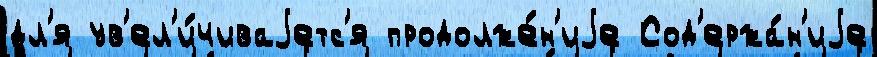
дл'я ув'ел'и́чиваjетс'я продолже́н'иjе Сод'ержа́н'иjе